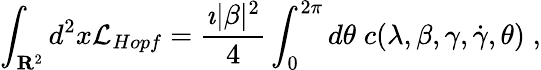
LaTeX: \int_{{\mathbf R}^{2}}d^{2}x{\cal L}_{Hopf}=\frac{\imath|\beta|^{2}}{4}\int_{0}^{2\pi}d\theta\; c(\lambda,\beta,\gamma,\dot{\gamma},\theta)\; ,